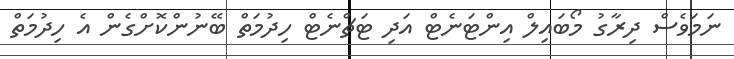
ނަމަވެސް ދިރާގު މޯބައިލް އިންޓަނެޓް އަދި ޓަޗްނެޓް ހިދުމަތް ބޭނުންކޮށްގެން އެ ހިދުމަތް